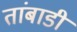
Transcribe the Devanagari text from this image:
तांबाडी